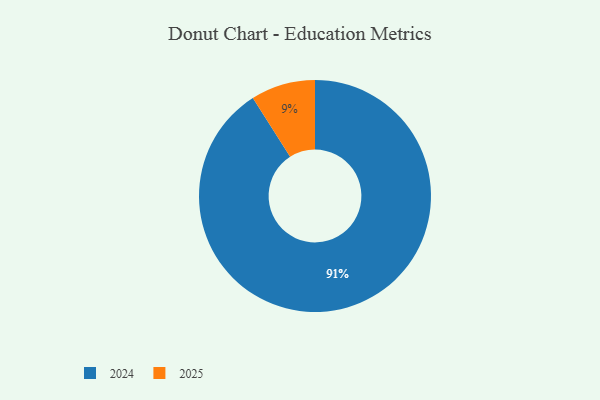
{"axis": {"x": "Category", "y": "Percentage"}, "legend": ["2024", "2025"], "data": [{"x": "2025", "y": 9, "type": "2025"}, {"x": "2024", "y": 91, "type": "2024"}]}